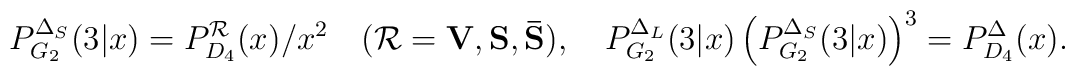
P_{G_2}^{\Delta_S}(3|x)=P_{D_4}^{{\cal R}}(x)/x^2\quad   ({\cal R}={\bf V}, {\bf S}, {\bf \bar{S}}),\quad   P_{G_2}^{\Delta_L}(3|x)\left(P_{G_2}^{\Delta_S}(3|x)\right)^3=   P_{D_4}^{\Delta}(x).